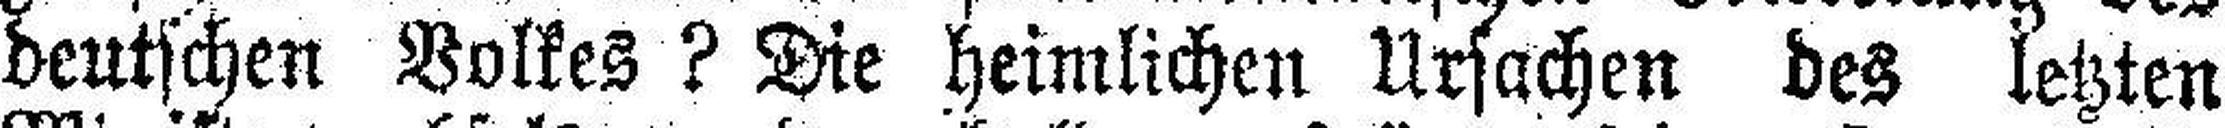
deutschen Volkes? Die heimlichen Ursachen des letzten